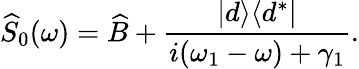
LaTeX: \widehat{S}_{0}(\omega)=\widehat{B}+\frac{|d\rangle\langle d^{*}|}{i(\omega_{1}-\omega)+\gamma_{1}}.